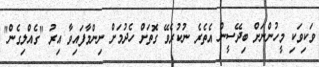
ވަކިވަކި މީހުންނަށް ބިދޭސީން އެތެރެ ނުކުރެވޭ ގޮތަށް ހެދުމަށް ނިންމާފައިވާ އިރު "ގެއްލިގެން"